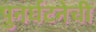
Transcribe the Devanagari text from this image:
पुनर्घटनेची